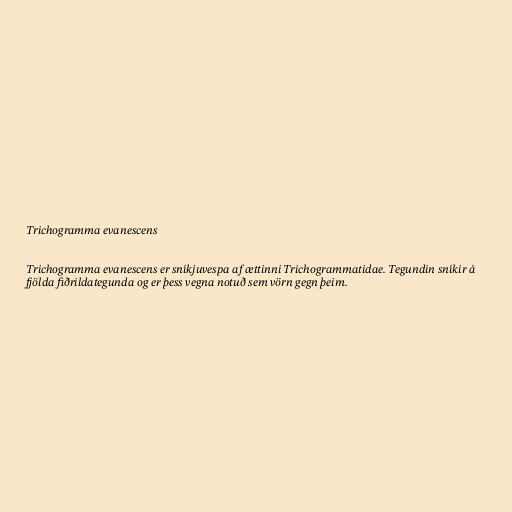
Trichogramma evanescens

Trichogramma evanescens er sníkjuvespa af ættinni Trichogrammatidae. Tegundin sníkir á
fjölda fiðrildategunda og er þess vegna notuð sem vörn gegn þeim.